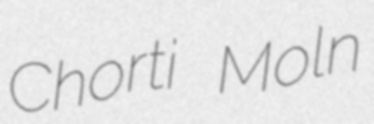
Chorti Moln